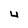
Character: 4